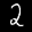
Label: 2